Lunatic asylums Madras 1892-1911 - 1892-1911
Year: 1892
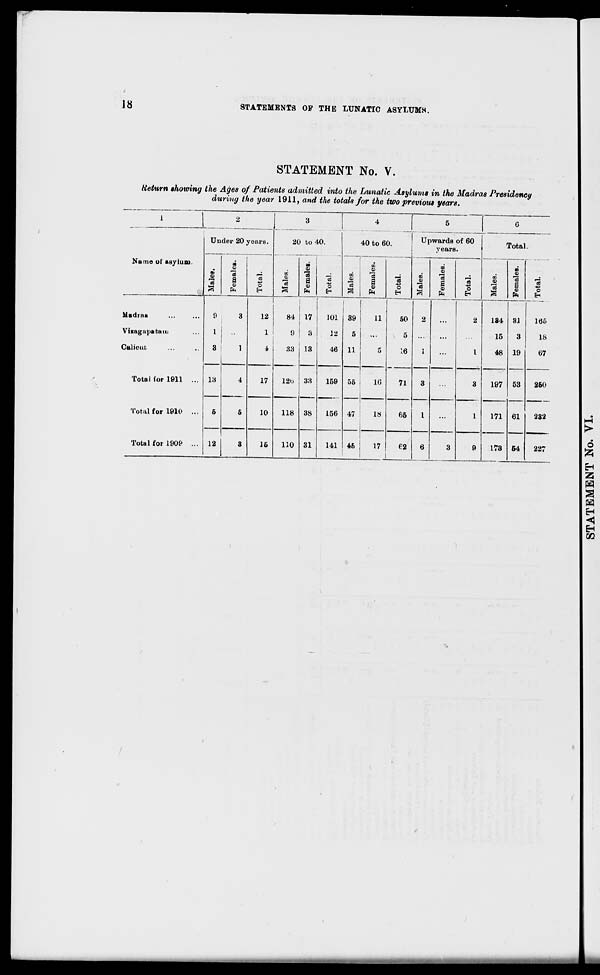
18
STATEMENTS OP THE LUNATIC ASYLUMS.
STATEMENT No. V.
tteturn showing the Ages of Patients admitted into the Lunatic Asylums in the Madras Presidency
during the year 1911, and the totals for the two previous years.
1
2
3
4
JO to 6(
5
6
Under 20 years.
20 to 4 0.
"5 +a
o
EH
).
Upwards of 60
years.
Total.
Name of asylum.
3
"3
9
"3
a
fa
eg
o
eg
S
as
a
CD
fa
CO
CO
la
eg
a
fa
*3 4a
O
EH
CO
"3
Females.
1
EH
eg
a
00
<c
a
®
fa
43
o
EH
Madias
Vizagapatam
Calicut.
9
1
3
13
5
12
3
1
12
1
4
84
9
33
17
8
13
33
38
101
12
46
39
5
11
11
5
50
5
16
2
1
...
2
1
184
15
48
31
3
19
53
61
64
166
18
67
Total for 1911 ...
4
5
3
17
12o
118
159
156
55
47
10
71
3
I
6
3
1
197
260
Total for 1910 ...
10
18
65
3
171
232
Total for 1909 ...
16
110 31
141 46
17
(•2
1
9
173
227
o
H
z
EH
CO